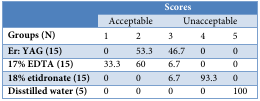
<table><thead><tr><td rowspan="2"></td><td colspan="5"><b>Scores</b></td></tr><tr><td colspan="2"><b>Acceptable</b></td><td colspan="3"><b>Unacceptable</b></td></tr></thead><tbody><tr><td><b>Groups (N)</b></td><td>1</td><td>2</td><td>3</td><td>4</td><td>5</td></tr><tr><td><b>Er: YAG </b><b>(15)</b></td><td>0</td><td>53.3</td><td>46.7</td><td>0</td><td>0</td></tr><tr><td><b>17% EDTA</b><b> (15)</b></td><td>33.3</td><td>60</td><td>6.7</td><td>0</td><td>0</td></tr><tr><td><b>18% etidronate (15)</b></td><td>0</td><td>0</td><td>6.7</td><td>93.3</td><td>0</td></tr><tr><td><b>Disstilled water (5)</b></td><td>0</td><td>0</td><td>0</td><td>0</td><td>100</td></tr></tbody></table>